Lunatic asylums Madras 1892-1911 - 1892-1911
Year: 1892
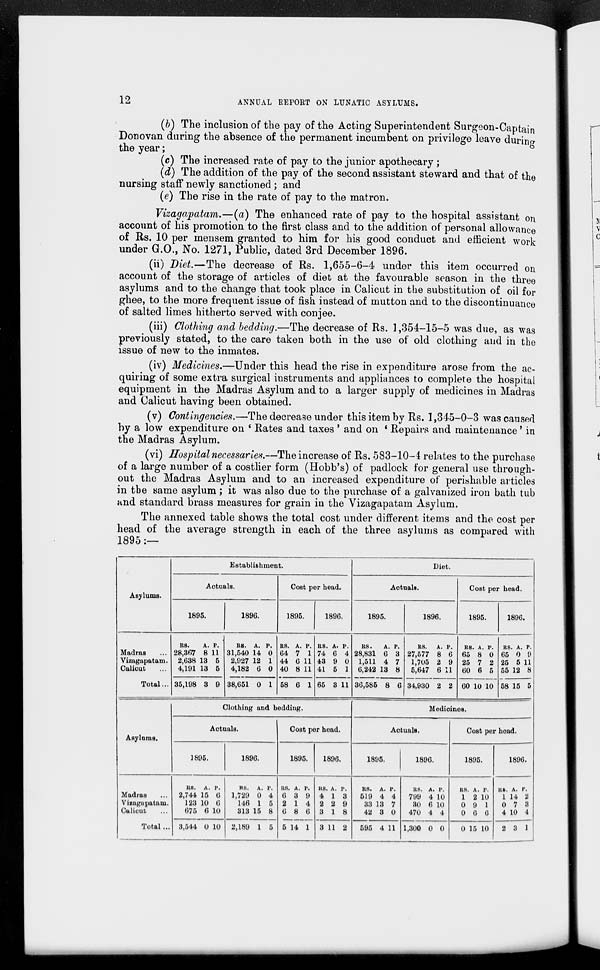
12
ANNUAL REPORT ON LUNATIC ASYLUMS.
(b) The inclusion of the pay of the Acting Superintendent Surgeon-Captain
Donovan during the absence of the permanent incumbent on privilege leave durino-
the year;
(c) The increased rate of pay to the junior apothecary ;
(d) The addition of the pay of the second assistant steward and that of the
nursing staff newly sanctioned ; and
(e) The rise in the rate of pay to the matron.
Vizagapatam.—(a) The enhanced rate of pay to the hospital assistant on
account of his promotion to the first class and to the addition of personal allowance
of Rs. 10 per mensem granted to him for his good conduct and efficient work
under G.O., No. 1271, Public, dated 3rd December 1896.
(ii) Diet.—The decrease of Rs. 1,655-6-4 under this item occurred on
account of the storage of articles of diet at the favourable season in the three
asylums and to the change that took place in Calicut in the substitution of oil for
ghee, to the more frequent issue of fish instead of mutton and to the discontinuance
of salted limes hitherto served with conjee.
(iii) Clothing and bedding.—The decrease of Rs. 1,354-15-5 was due, as was
previously stated, to the care taken both in the use of old clothing and in the
issue of new to the inmates.
(iv) Medicines.—Under this head the rise in expenditure arose from the ac-
quiring of some extra surgical instruments and appliances to complete the hospital
equipment in the Madras Asylum and to a larger supply of medicines in Madras
and Calicut having been obtained.
(v) Contingencies.—The decrease under this item by Rs. 1,345-0-3 was caused
by a low expenditure on ' Rates and taxes ' and on ' Repairs and maintenance' in
the Madras Asylum.
(vi) Hospital necessaries.—The increase of Rs. 583-10-4 relates to the purchase
of a large number of a costlier form (Hobb's) of padlock for general use through-
out the Madras Asylum and to an increased expenditure of perishable articles
in tbe same asylum; it was also due to the purchase of a galvanized iron bath tub
and standard brass measures for grain iu the Vizagapatam Asylum.
The annexed table shows the total cost under different items and the cost per
head of the average strength in each of the three asylums as compared with
1895 :—
Asylums.
Establishment.
Actuals.
1895.
1896.
Cost per head.
1895.
189G.
Diet.
Actuals.
1895.
1896.
Cost per head.
1895.
189G.
Madras
Vizagapatam.
Calicut
Total...
RS.
A. P.
28,367 8 11
2,638 13 5
4,191 13 5
35,198 3 9
RS. A. P.
31,540 14 0
2,927 12 1
4,182 6 0
RS. A. P.
64 7 1
44 6 11
40 8 11
RS. A. P.
74 6 4
43 9 0
41 5 1
38,651 0 1 58 6 1 65 3 11
RS.
A. p.
28,831 6 3
1,511 4 7
6,242 13 8
36,585 8 6
RS.
A. P.
RS. A. P.
27,577 8 6 65 8 0
1,705 2 9 25 7 2
5,647 6 11 60 6 5
34,930 2 2 60 10 10
RS. A. P.
65 0 9
25 5 11
55 12 8
58 15 5
Asylums.
Clothing and bedding.
Actuals.
1895.
1896.
Cost per head.
1895.
189G.
Madras
Vizagupatam.
Calicut
R8. A. p.
2,744 15 G
123 10 6
675 6 10
Total ... 3,544 0 10
RS. A.
1,729 0
146 1
313 15
p.
4
5
8
R8. A.
6 3
2 1
6 8
p.
9
4
6
2,189 1 5 5 14 1
HS. A. P.
4 13
2 2 9
3 18
3 11 2
Medicines.
Actuals.
1895.
1896.
RS. A. P.
519 4 4
33 13 7
42 3 0
595 4 11
RS. A. P.
799 4 10
30 6 10
470 4 4
1,300 0 0
Cost per head.
1895.
HS. A. P.
1 2 10
0 9 1
0 6 6
0 15 10
189G.
KB. A. P.
1 14 2
0 7 3
4 10 4
2 3 1